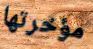
مؤخرتها